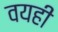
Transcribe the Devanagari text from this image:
वयही